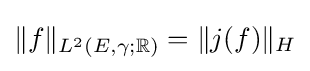
\|f\|_{L^{2}(E,\gamma ;\mathbb {R} )}=\|j(f)\|_{H}